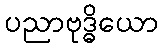
ပညာဗုဒ္ဓိယော